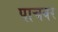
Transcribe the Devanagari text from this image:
पाचवर